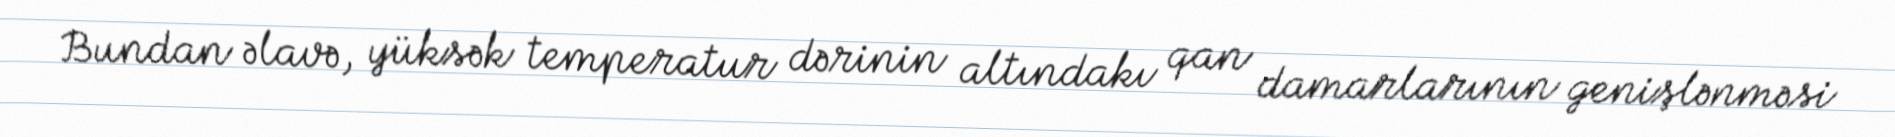
Bundan əlavə, yüksək temperatur dərinin altındakı qan damarlarının genişlənməsi